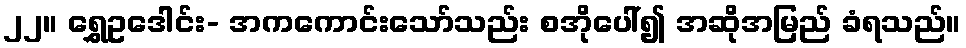
၂၂။ ရွှေဥဒေါင်း- အကကောင်းသော်သည်း စအိုပေါ်၍ အဆိုအမြည် ခံရသည်။